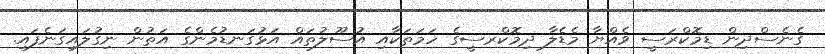
ގެނެސްދިން ޑިމޮކްރަސީ ވެއްޔާ މެޑެލާ ދިމޮކްރސީގެ ހަމަތަކާއި އުސޫލުތައް އަޅުގަނޑުމެންގެ އަތުން ނިގުލައިގަނެފައި.